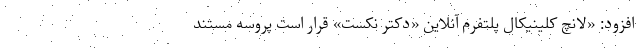
افزود: «لانچ کلینیکال پلتفرم آنلاین «دکتر نکست» قرار است پروسه مستند